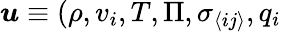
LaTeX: {\boldsymbol{u}}\equiv(\rho,v_{i},T,\Pi,\sigma_{\langle ij\rangle},q_{i}